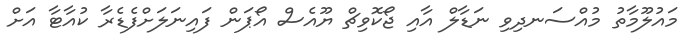
މައުލޫމާތު މުއްސަނދިވި ނަޑާލް އާއި ޖޯކޮވިޗް ޔޫއެސް އޯޕަން ފައިނަލަށްފެޑެރާ ކުއާޓާ އަށް